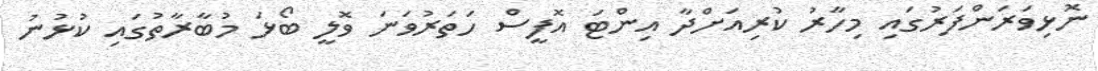
ނޮޅިވަރަންފަރުގައި މިހާރު ކުރިއަށްދާ އިންޓަ އޮފީސް ހަތަރުވަނަ ވޮލީ ބޯޅަ މުބާރާތުގައި ކުޅުނު